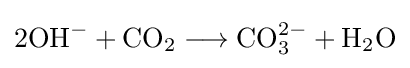
\mathrm {2OH} ^{-}+\mathrm {CO} _{2}\longrightarrow \mathrm {CO} _{3}^{2-}+\mathrm {H} _{2}\mathrm {O}